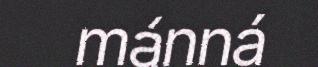
mánná